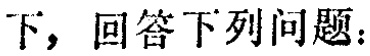
下，回答下列问题：